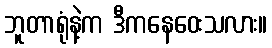
ဘူတာရုံနဲ့က ဒီကနေဝေးသလား။